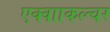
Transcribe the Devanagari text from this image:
एक्वााकल्चर